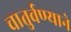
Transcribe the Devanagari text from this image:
चातुर्वण्याने